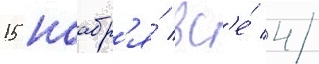
15 ноабр'я́ вс'е́ 4